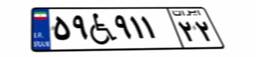
۵۹W۹۱۱۲۲